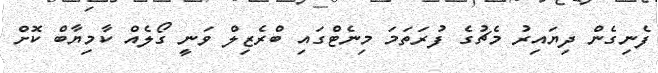
ފެނިގެން ދިޔައިރު މެޗުގެ ފުރަތަމަ މިނެޓްގައި ބްރެޒިލް ވަނީ ގޯލެއް ކާމިޔާބް ކޮށް